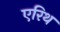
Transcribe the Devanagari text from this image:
एरिथ